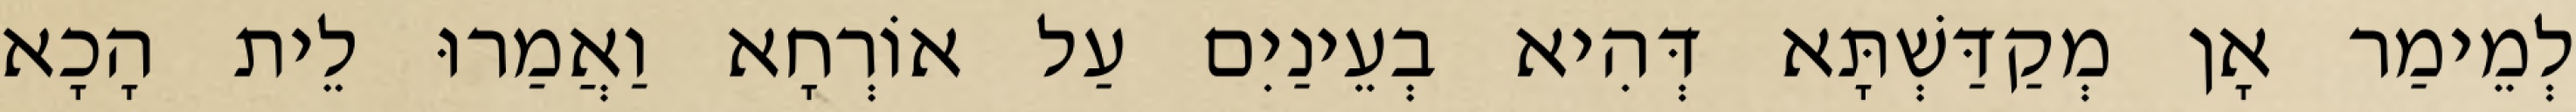
לְמֵימַר אָן מְקַדַּשְׁתָּא דְּהִיא בְעֵינַיִם עַל אוֹרְחָא וַאֲמַרוּ לֵית הָכָא